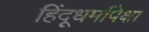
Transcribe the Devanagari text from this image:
हिंदूधर्मापेक्षा